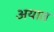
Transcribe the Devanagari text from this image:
अयात